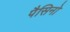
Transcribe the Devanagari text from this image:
पैसिनो